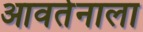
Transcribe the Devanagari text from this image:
आवर्तनाला